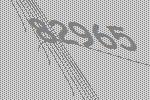
82965